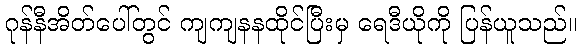
ဂုန်နီအိတ်ပေါ်တွင် ကျကျနနထိုင်ပြီးမှ ရေဒီယိုကို ပြန်ယူသည်။